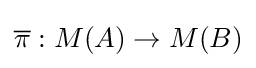
{\overline {\pi }}:M(A)\to M(B)